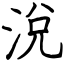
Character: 涗